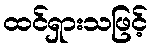
ထင်ရှားသဖြင့်